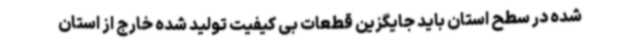
شده در سطح استان باید جایگزین قطعات بی کیفیت تولید شده خارج از استان